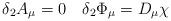
LaTeX: \begin{align*}\delta_2 A_\mu = 0 \quad \delta_2\Phi_\mu = D_\mu \chi\end{align*}